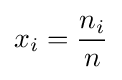
x_{i}={\frac {n_{i}}{n}}